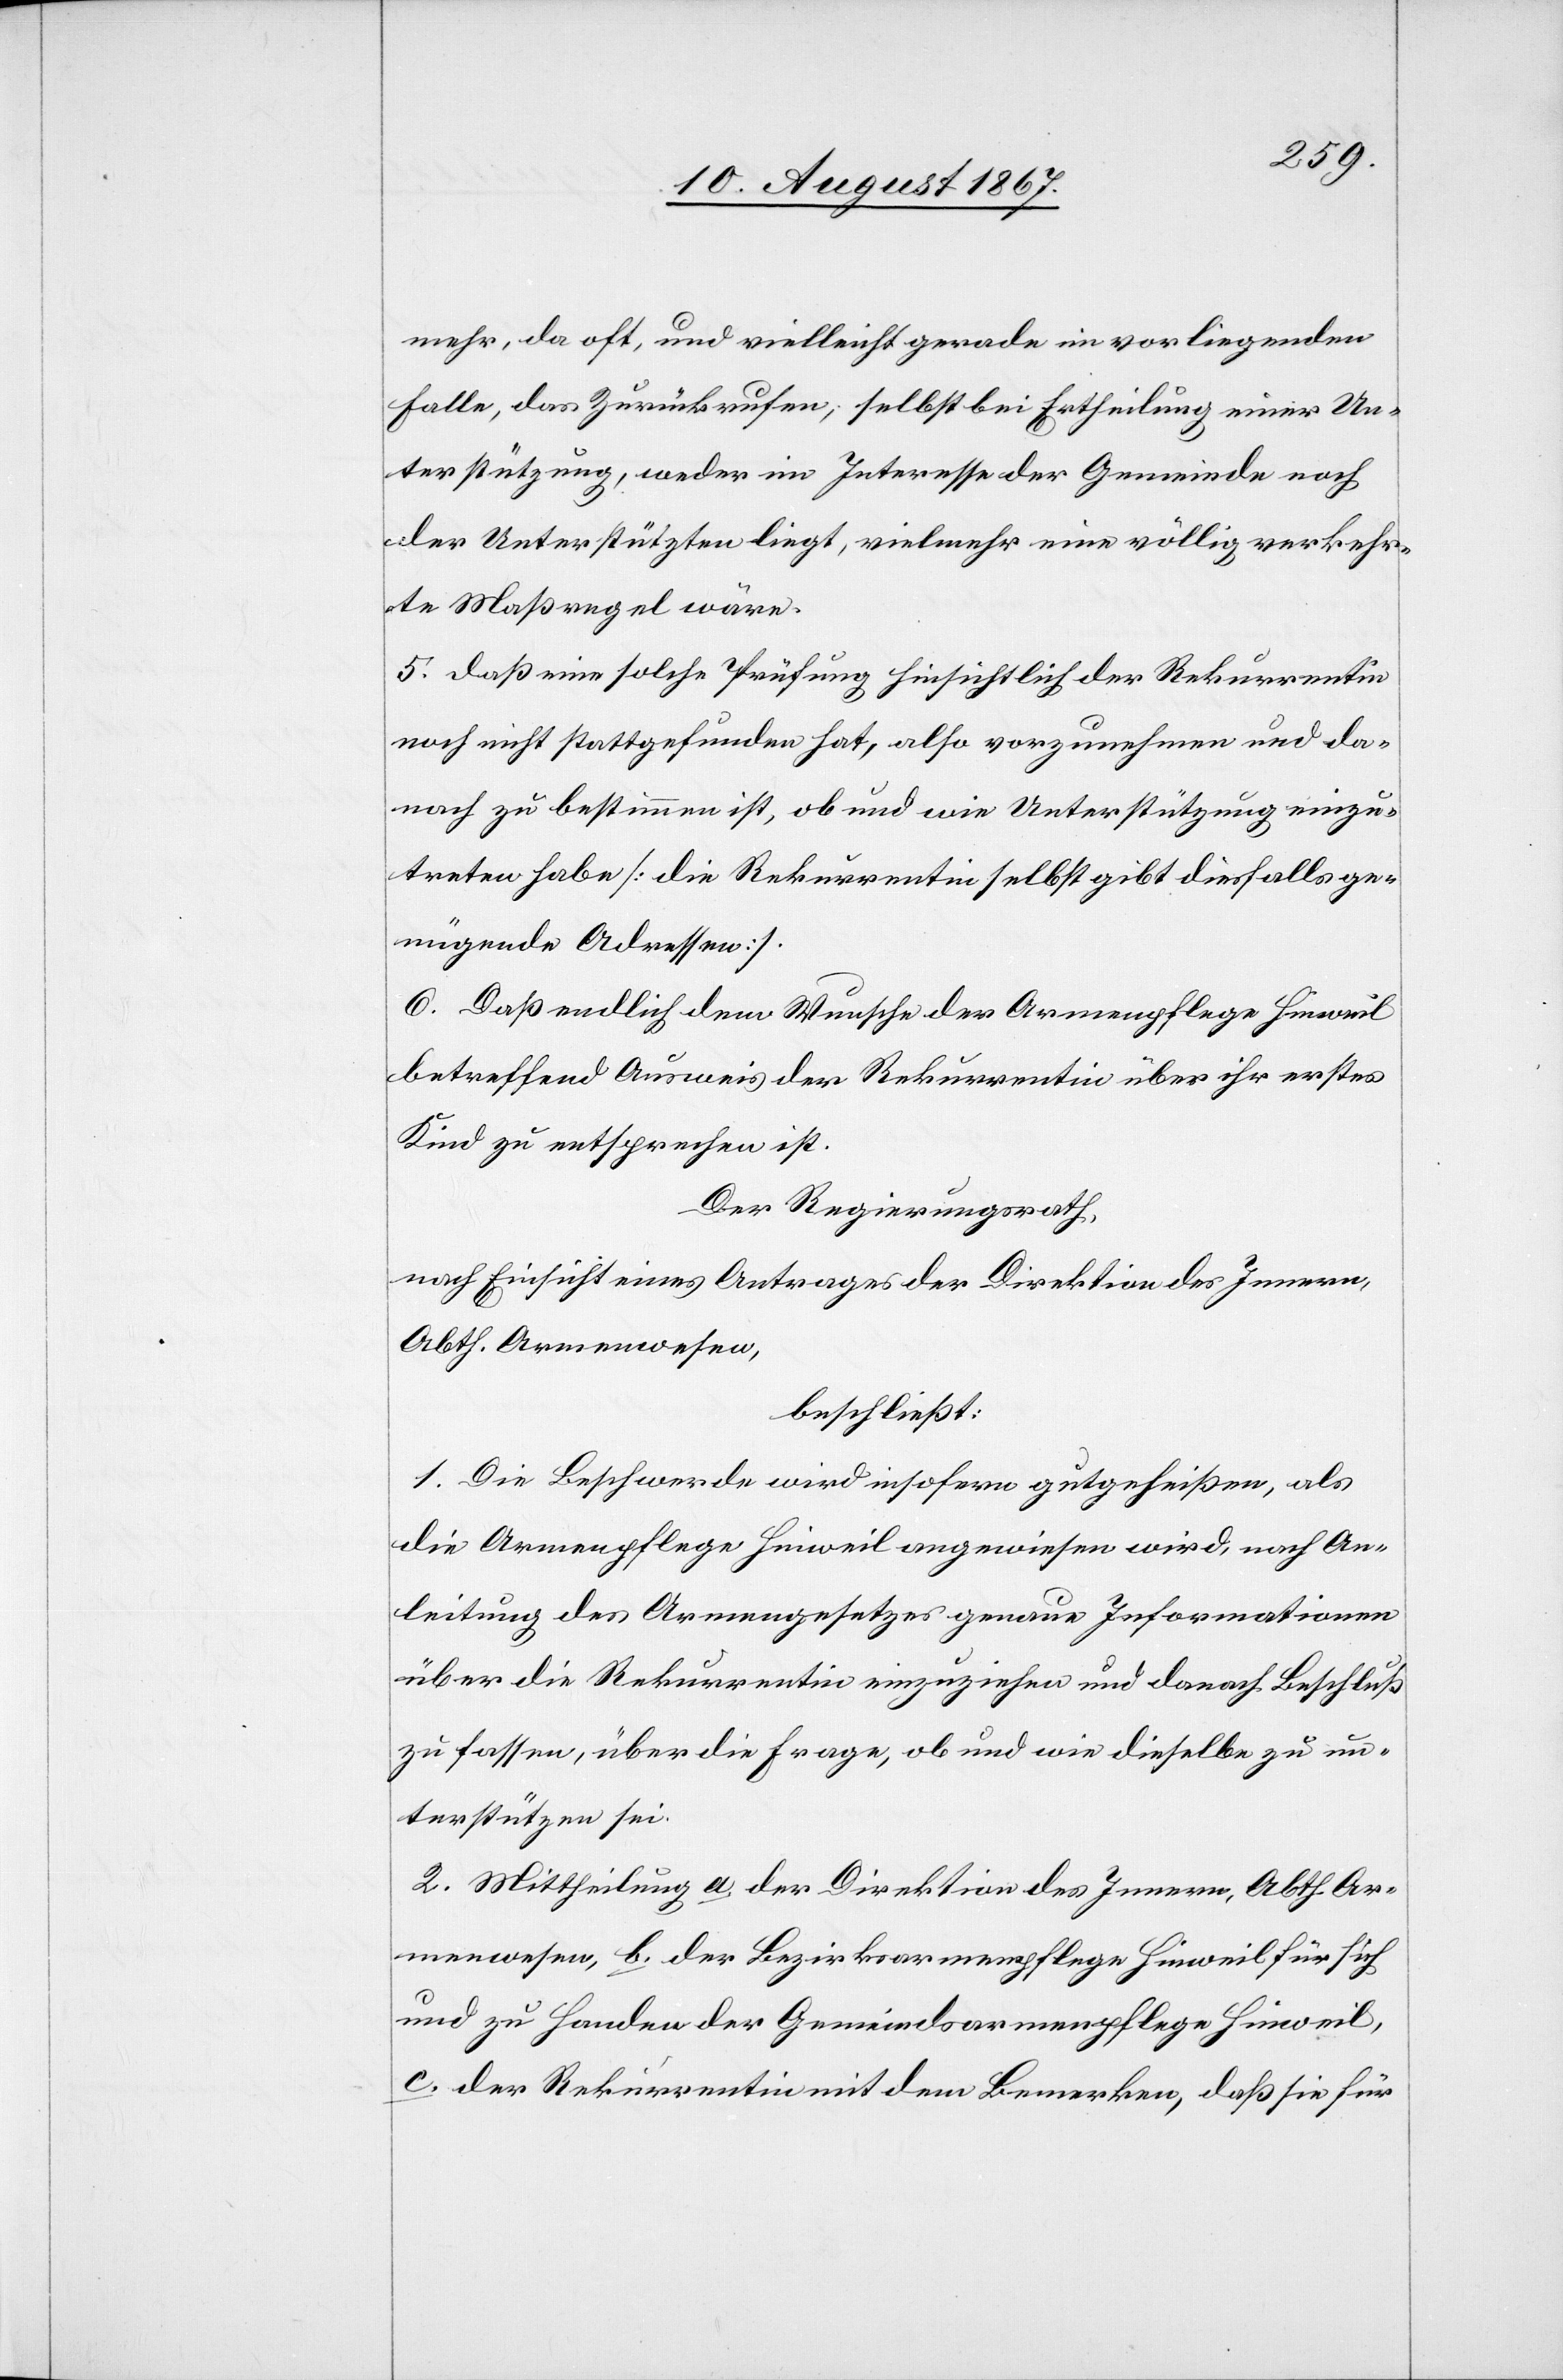
mehr, da oft, und vielleicht gerade im vorliegenden
Falle, das Zurückrufen, selbst bei Ertheilung einer Un¬
terstützung, weder im Interesse der Gemeinde noch
der Unterstützten liegt, vielmehr eine völlig verkehr¬
te Maßregel wäre.
5. daß eine solche Prüfung hinsichtlich der Rekurrentin
noch nicht stattgefunden hat, also vorzunehmen und da¬
nach zu bestimmen ist, ob und wie Unterstützung einzu¬
treten habe [die Rekurrentin selbst gibt diesfalls ge¬
nügende Adressen].
6. Daß endlich dem Wunsche der Armenpflege Hinweil
betreffend Ausweis der Rekurrentin über ihr erstes
Kind zu entsprechen ist.
Der Regierungsrath,
nach Einsicht eines Antrages der Direktion des Innern,
Abth. Armenwesen,
beschließt:
1. Die Beschwerde wird insofern gutgeheißen, als
die Armenpflege Hinweil angewiesen wird, nach An¬
leitung des Armengesetzes genaue Informationen
über die Rekurrentin einzuziehen und danach Beschluß
zu fassen, über die Frage, ob und wie dieselbe zu un¬
terstützen sei.
2. Mittheilung a. der Direktion des Innern, Abth. Ar¬
menwesen, b. der Bezirksarmenpflege Hinweil für sich
und zu Handen der Gemeindsarmenpflege Hinweil,
c. der Rekurrentin mit dem Bemerken, daß sie für